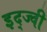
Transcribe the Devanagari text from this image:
इद्ज्वी